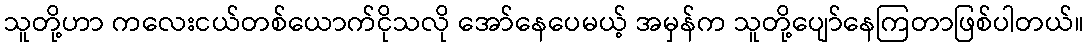
သူတို့ဟာ ကလေးငယ်တစ်ယောက်ငိုသလို အော်နေပေမယ့် အမှန်က သူတို့ပျော်နေကြတာဖြစ်ပါတယ်။